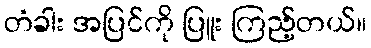
တံခါး အပြင်ကို ပြူး ကြည့်တယ်။